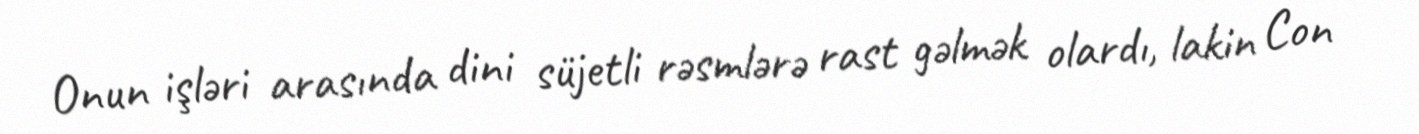
Onun işləri arasında dini süjetli rəsmlərə rast gəlmək olardı, lakin Con